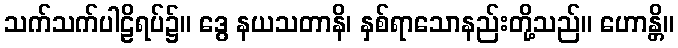
သက်သက်ပါဠိရပ်၌။ ဒွေ နယသတာနိ၊ နှစ်ရာသောနည်းတို့သည်။ ဟောန္တိ။